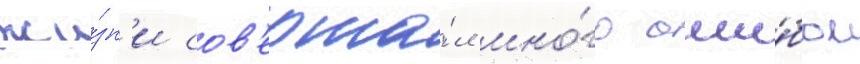
жи́зн'и сов'ерша́л мно́го оши́бок